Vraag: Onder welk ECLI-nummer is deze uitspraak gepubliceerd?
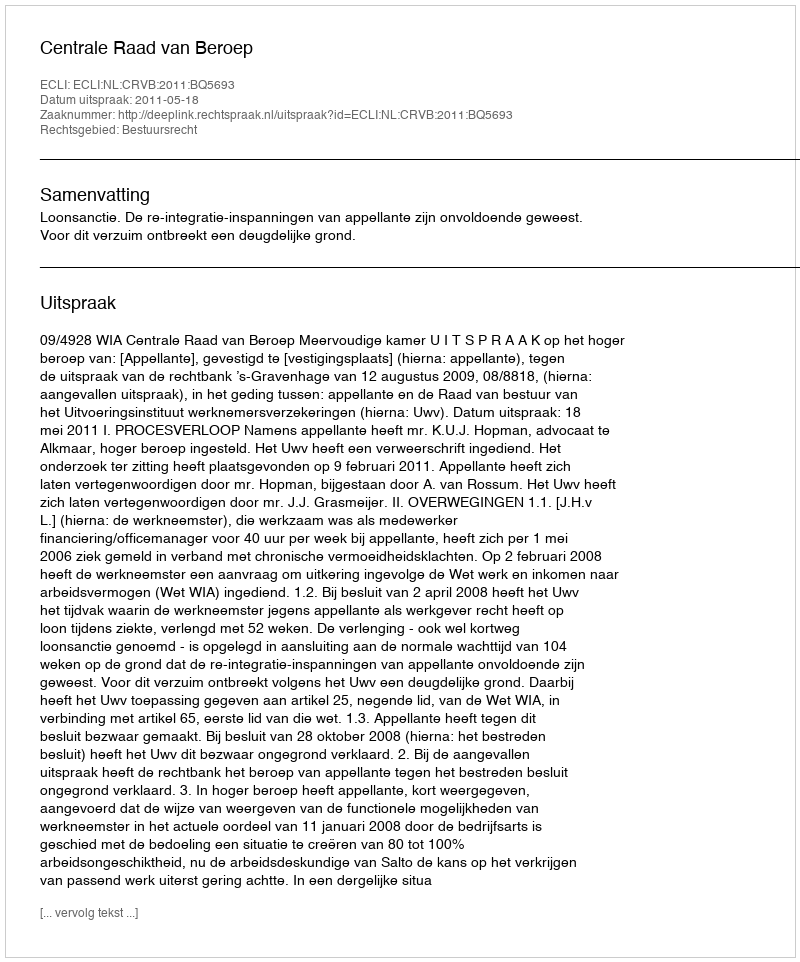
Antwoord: ECLI:NL:CRVB:2011:BQ5693